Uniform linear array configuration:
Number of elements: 64
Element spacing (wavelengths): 1
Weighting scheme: cosine
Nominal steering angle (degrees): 15
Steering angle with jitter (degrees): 16.629
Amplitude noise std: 0.05
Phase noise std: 0.05

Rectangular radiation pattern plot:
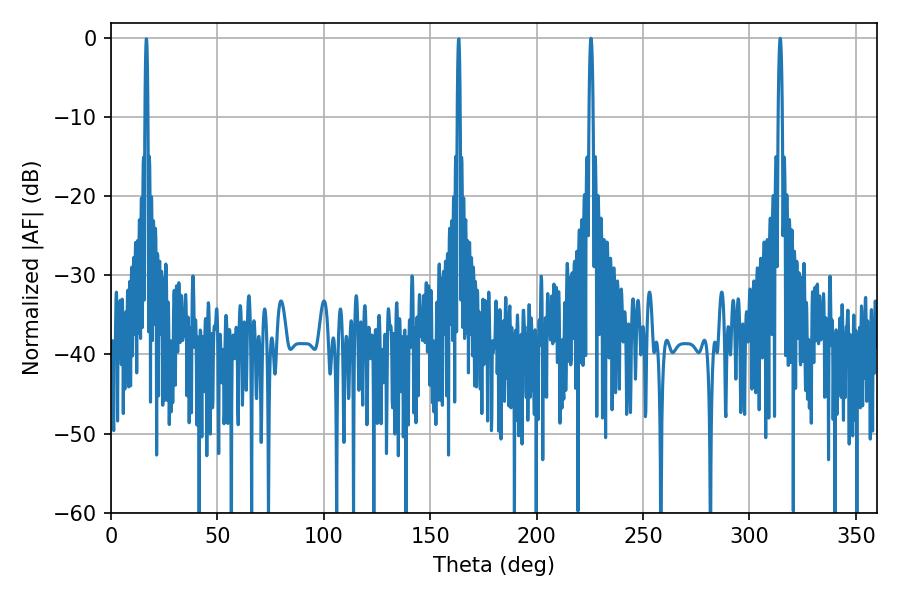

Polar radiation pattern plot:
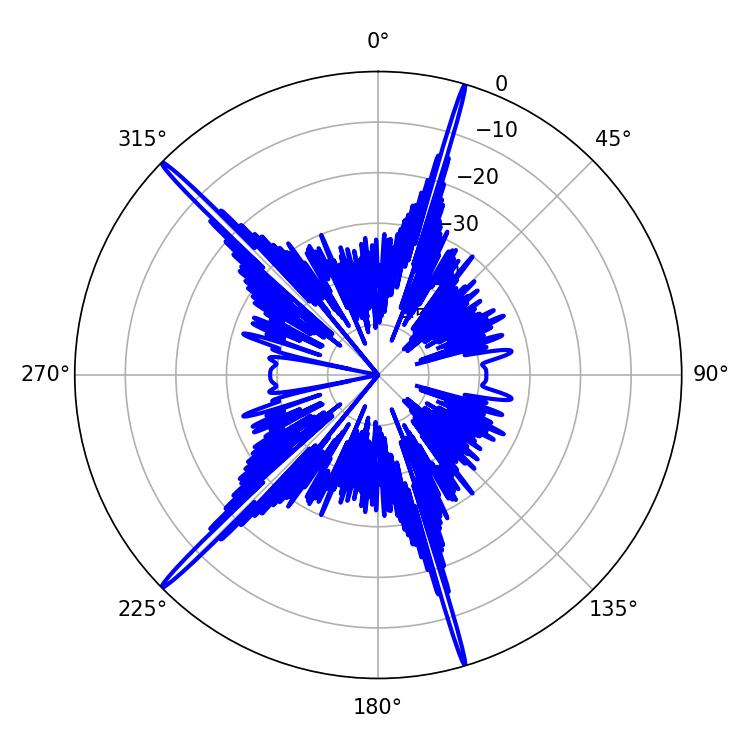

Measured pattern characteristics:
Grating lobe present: TRUE
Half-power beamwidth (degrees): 1.08
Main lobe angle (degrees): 225.54